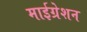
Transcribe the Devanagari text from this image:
माईग्रेशन